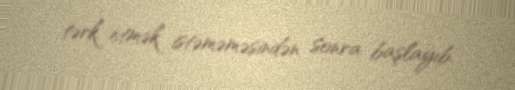
tərk etmək istəməməsindən sonra başlayıb.